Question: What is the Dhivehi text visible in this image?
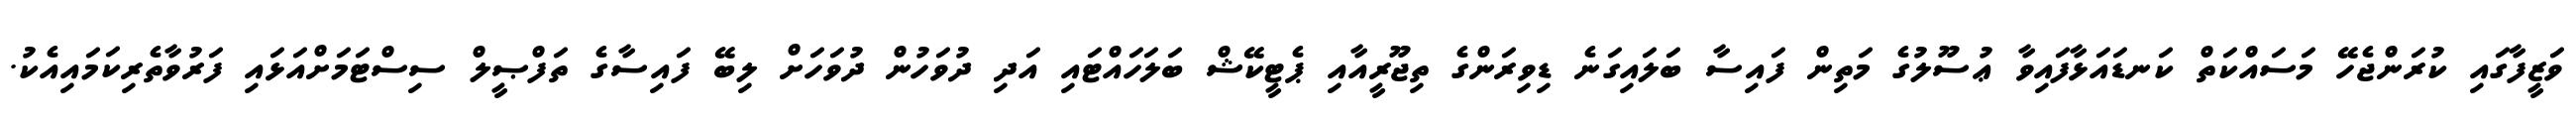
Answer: ވަޒީފާގައި ކުރަންޖެހޭ މަސައްކަތް ކަނޑައަޅާފައިވާ ޢުސޫލުގެ މަތިން ފައިސާ ބަލައިގަނެ ޑިވިރަންގެ ތިޖޫރީއާއި ޕެޓީކޭޝް ބަލަހައްޓައި އަދި ދުވަހުން ދުވަހަށް ލިބޭ ފައިސާގެ ތަފްޞީލް ސިސްޓަމަށްއަޅައި ފަރުވާތެރިކަމައިއެކު.